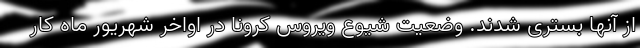
از آنها بستری شدند. وضعیت شیوع ویروس کرونا در اواخر شهریور ماه کار